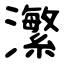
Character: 瀿